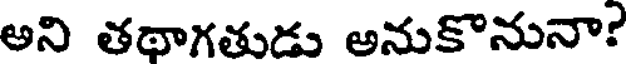
అని తథాగతుడు అనుకొనునా?